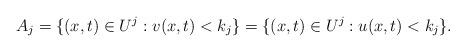
LaTeX: \begin{align*}A_j=\{(x,t)\in U^j : v(x,t)<k_j \} = \{(x,t)\in U^j : u(x,t)<k_j \}.\end{align*}